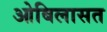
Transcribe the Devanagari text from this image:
ओबिलासत